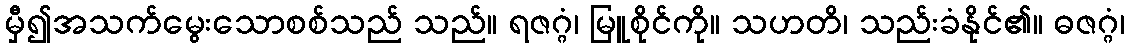
မှီ၍အသက်မွေးသောစစ်သည် သည်။ ရဇဂ္ဂံ၊ မြူစိုင်ကို။ သဟတိ၊ သည်းခံနိုင်၏။ ဓဇဂ္ဂံ၊